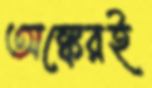
অঙ্কেরই